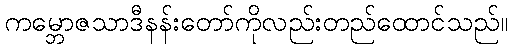
ကမ္ဘောဇသာဒီနန်းတော်ကိုလည်းတည်ထောင်သည်။